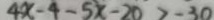
4 x - 4 - 5 x - 2 0 > - 3 0